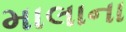
માલાના